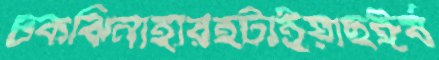
চকঝিনাহারহটাইয়াছঈর্ষ